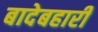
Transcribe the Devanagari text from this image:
बादेबहारी